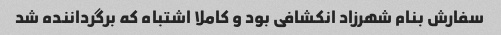
سفارش بنام شهرزاد انکشافی بود و کاملا اشتباه که برگرداننده شد